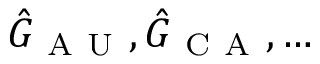
\hat { G } _ { \mathrm { ~ A ~ U ~ } } , \hat { G } _ { \mathrm { ~ C ~ A ~ } } , \dots